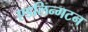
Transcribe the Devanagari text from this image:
एडलिन्गटन